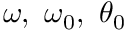
\omega , \ \omega _ { 0 } , \ \theta _ { 0 }